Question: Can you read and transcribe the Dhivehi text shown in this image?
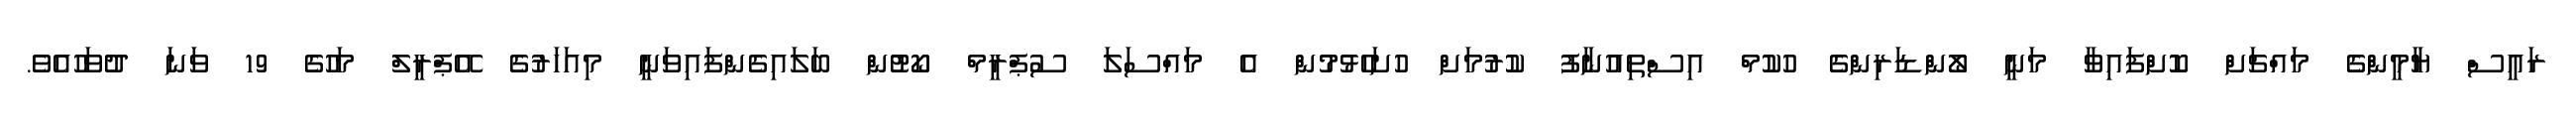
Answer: ރައީސް ޔާމީންގެ މައްޗަށް ކޮށްފައިވާ މަނީ ލޯންޑަރިންގެ ހުކުމް އިސްތިއުނާފު ކުރުމަށް ހުށަހެޅުމުން އެ މައްސަލަ ސުޕްރީމް ކޯޓުން ބަލައިގެންފައިވަނީ މިއަހަރުގެ އޭޕްރީލް މަހުގެ 19 ވަނަ ދުވަހުއެވެ.